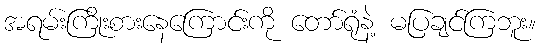
အရမ်းကြိုးစားနေကြောင်းကို တော်ရုံနဲ့ မပြချင်ကြဘူး။